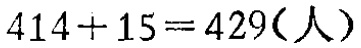
\(414 + 15 = 429(\text{人})\)